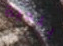
بلدية